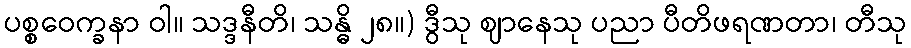
ပစ္စဝေက္ခနာ ဝါ။ သဒ္ဒနီတိ၊ သန္ဓိ ၂၈။) ဒွီသု ဈာနေသု ပညာ ပီတိဖရဏတာ၊ တီသု